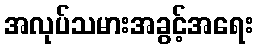
အလုပ်သမားအခွင့်အရေး